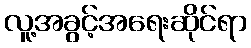
လူ့အခွင့်အရေးဆိုင်ရာ